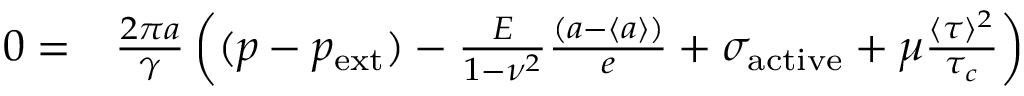
\begin{array} { r l } { 0 = } & { { } \frac { 2 \pi a } { \gamma } \left( ( p - p _ { \mathrm { e x t } } ) - \frac { E } { 1 - \nu ^ { 2 } } \frac { \left( a - \langle a \rangle \right) } { e } + \sigma _ { \mathrm { a c t i v e } } + \mu \frac { \langle \tau \rangle ^ { 2 } } { \tau _ { c } } \right) } \end{array}